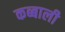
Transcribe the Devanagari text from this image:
कब्बाली